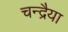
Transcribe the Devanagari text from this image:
चन्द्रैया